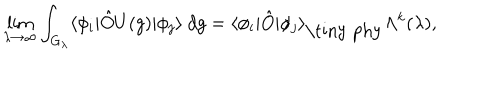
\lim _ { \lambda \rightarrow \infty } \int _ { G _ { \lambda } } \langle \phi _ { i } | \hat { O } U ( g ) | \phi _ { j } \rangle \ d g = \langle \phi _ { i } | \hat { O } | \phi _ { j } \rangle _ { \mathrm { \tiny ~ p h y } } \Lambda ^ { k } ( \lambda ) ,